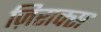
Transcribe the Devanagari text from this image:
ज़िराक्स